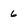
Character: 6